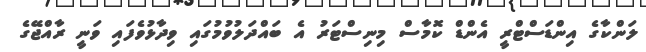
ލަންކާގެ އިންޑަސްޓްރީ އެންޑް ކޮމާސް މިނިސްޓަރު އެ ބައްދަލުވުމުގައި ވިދާޅުވެފައި ވަނީ ރާއްޖޭގެ